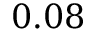
0 . 0 8